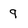
Character: 9